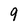
Character: 9